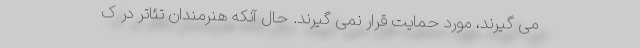
می گیرند، مورد حمایت قرار نمی گیرند. حال آنکه هنرمندان تئاتر در ک